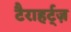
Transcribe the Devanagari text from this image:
टैराहर्ट्ज़